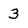
Character: 3